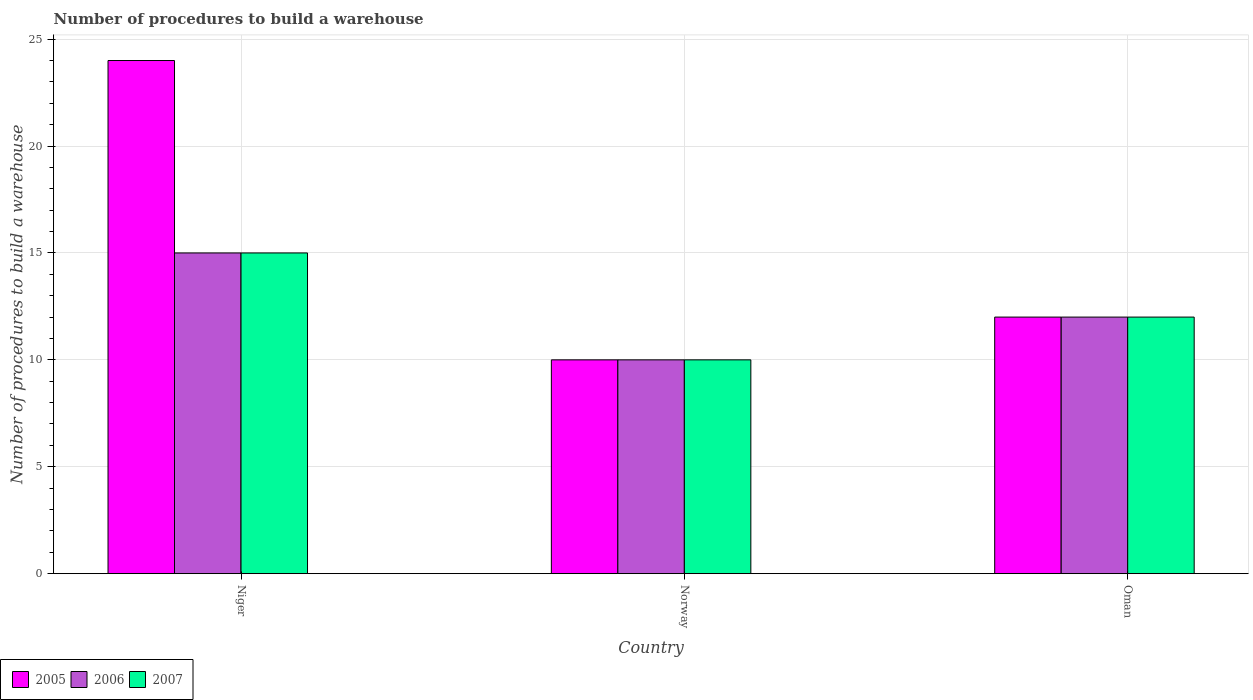
| Country | 2005 | 2006 | 2007 |
 | --- | --- | --- | --- |
 | Niger | 24 | 15 | 15 |
 | Norway | 10 | 10 | 10 |
 | Oman | 12 | 12 | 12 |